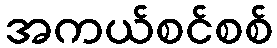
အကယ်စင်စစ်